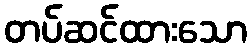
တပ်ဆင်ထားသော